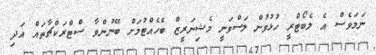
ނަމަވެސް އެ ލެބޯޓްރީ ހުޅުވުން ލަސްވަނީ މެޝިނަރީޒް ބެހެއްޓުމަށް ބޭނުންވާ ސްޓްރަކްޗާތައް އަދި